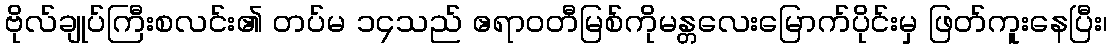
ဗိုလ်ချုပ်ကြီးစလင်း၏ တပ်မ ၁၄သည် ဧရာဝတီမြစ်ကိုမန္တလေးမြောက်ပိုင်းမှ ဖြတ်ကူးနေပြီး၊